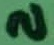
Text: 2